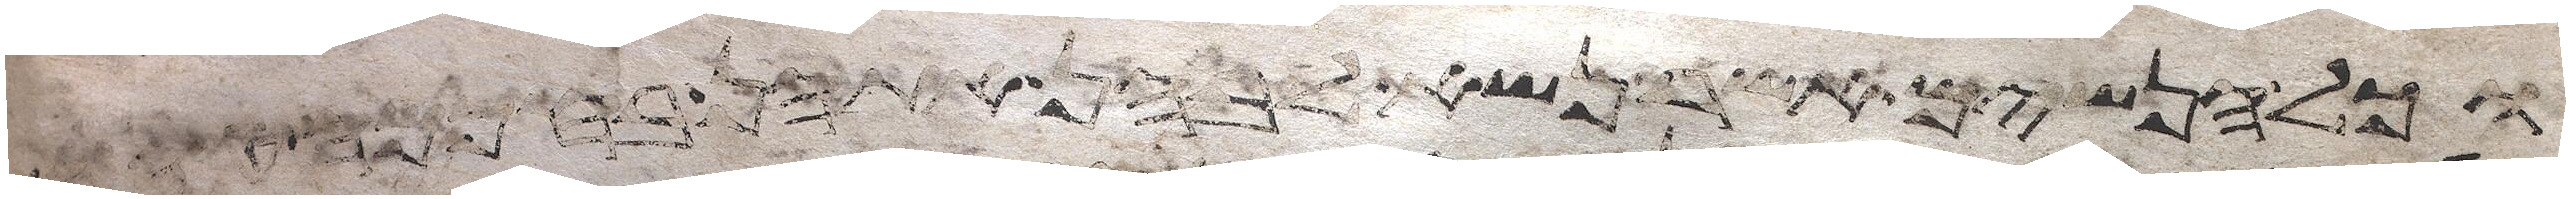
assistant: וכל הנשים אשר נשא לבהן אתהן בחכמה